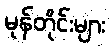
မုန်တိုင်းများ